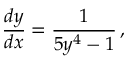
{ \frac { d y } { d x } } = { \frac { 1 } { 5 y ^ { 4 } - 1 } } \, ,